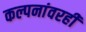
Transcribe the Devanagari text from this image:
कल्पनांवरही